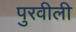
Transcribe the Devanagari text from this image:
पुरवीली